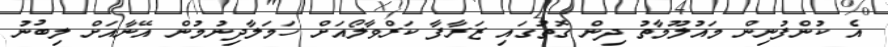
އެ ކުންފުނިން މައުލޫމާތު ދިން ގޮތުގައި ޒަރާފާ ކަރްވާލޯއަށް ހަމަލާދިނުމުން އޭނާއަށް ލިބުނު